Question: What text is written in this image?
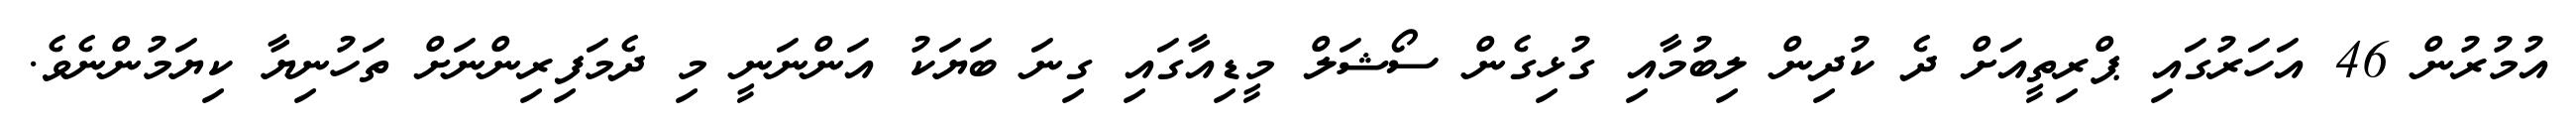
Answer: އުމުރުން 46 އަހަރުގައި ޕްރިތީއަށް ދެ ކުދިން ލިބުމާއި ގުޅިގެން ސޯޝަލް މީޑިއާގައި ގިނަ ބަޔަކު އަންނަނީ މި ދެމަފިރިންނަށް ތަހުނިޔާ ކިޔަމުންނެވެ.